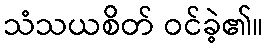
သံသယစိတ် ဝင်ခဲ့၏။